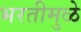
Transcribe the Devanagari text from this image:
भरतीमुळे